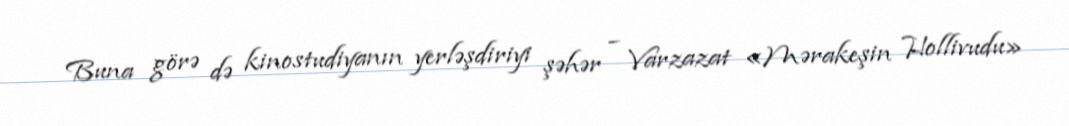
Buna görə də kinostudiyanın yerləşdiriyi şəhər – Varzazat «Mərakeşin Hollivudu»